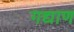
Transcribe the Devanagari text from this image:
गद्याण